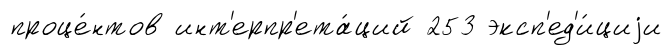
проце́нтов инт'ерпр'ета́ций 253 эксп'ед'и́циjи